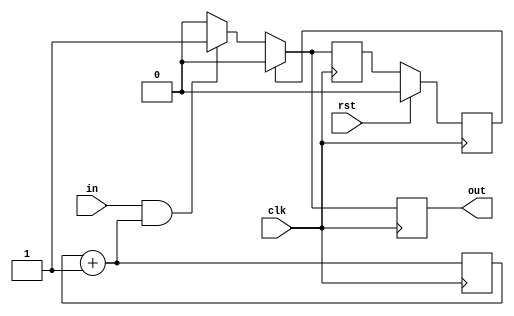
module des_edgedet #(parameter S0=1'b0, S1=1'b1) (output reg out,input in,clk,rst);
reg pstate,nstate;

always@(posedge clk)
begin
    if (rst)
        pstate<=S0;
    else
        pstate<=nstate;
end
reg count =0;
always@(posedge clk)
begin
    count=count+1;
    nstate<=pstate;
    out=1'b0;
    case(pstate)
    S0:if(in & count==1)
        begin
            nstate<=S1;
            out<=1'b1;
        end
    S1:nstate<=S0;
    endcase
end

endmodule